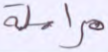
مراسلة